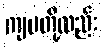
ကျမတို့လည်း